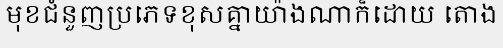
មុខជំនួញប្រភេទខុសគ្នាយ៉ាងណាក៏ដោយ តោង